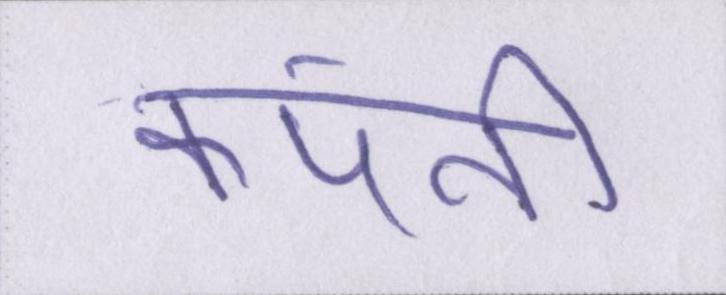
कंपनी